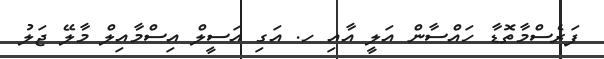
ފަރެސްމާތޮޑާ ހައްސާން އަލީ އާއި ހ. އަގި އަސީލް އިސްމާއިލް މާލޭ ޖަލު